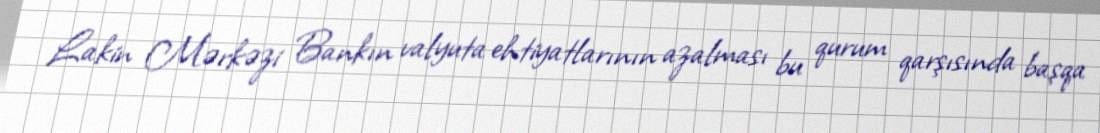
Lakin Mərkəzi Bankın valyuta ehtiyatlarının azalması bu qurum qarşısında başqa